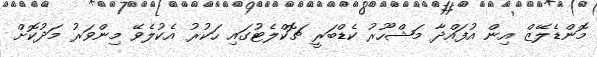
މޮންޑެލޭޒް އިން އުފައްދާ މަޝްހޫރު ކެޑްބަރީ ޗޮކްލެޓުގައި ހަކުރު އެކުލެވޭ މިންވަރު މަދުކޮށް